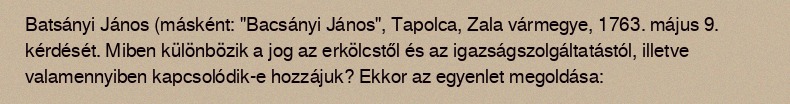
Batsányi János (másként: "Bacsányi János", Tapolca, Zala vármegye, 1763. május 9. kérdését. Miben különbözik a jog az erkölcstől és az igazságszolgáltatástól, illetve valamennyiben kapcsolódik-e hozzájuk? Ekkor az egyenlet megoldása: